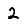
Digit: 2